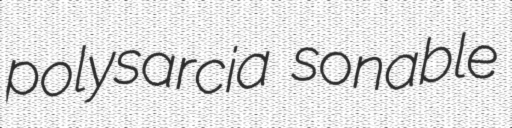
polysarcia sonable